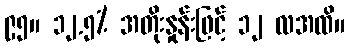
၉၅။ ၁၂.၅% အတိုးနှုန်းဖြင့် ၁၂ လအထိ။